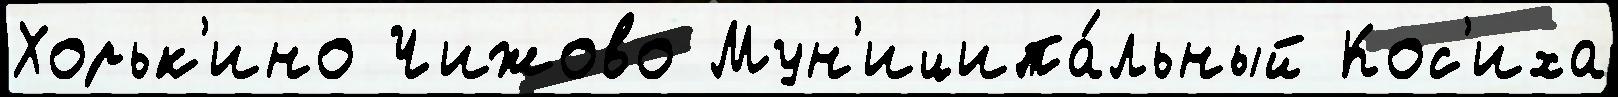
Хорьк'ино Чижово Мун'иципа́льный Кос'иха